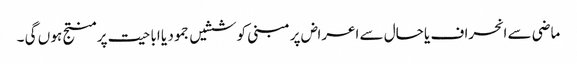
ماضی سے انحراف یا حال سے اعراض پر مبنی کوششیں جمود یا اباحیت پر منتج ہو ں گی ۔